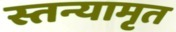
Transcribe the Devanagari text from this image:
स्तन्यामृत